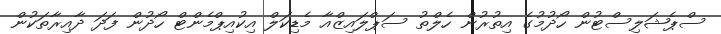
ސްޕެޝަލިސްޓުން ހޯދުމުގެ އިތުރުން ހެލްތު ސަޕްލައިޒްއާ މެޑިކަލް އިކުއިޕްމެންޓް ހޯދުން ފަދަ ދާއިރާތަކުން